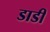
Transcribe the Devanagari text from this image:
डाडीं